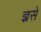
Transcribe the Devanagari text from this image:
ज्ञ्रसे